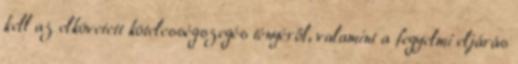
kell az elkövetett kötelességszegés tényéről, valamint a fegyelmi eljárás